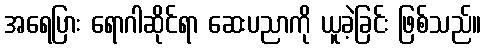
အရေပြား ရောဂါဆိုင်ရာ ဆေးပညာကို ယူခဲ့ခြင်း ဖြစ်သည်။